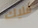
فليك